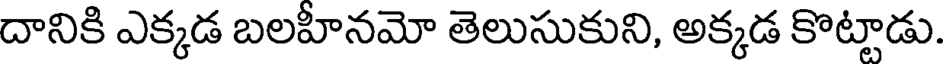
దానికి ఎక్కడ బలహీనమో తెలుసుకుని, అక్కడ కొట్టాడు.